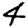
Digit: 4